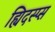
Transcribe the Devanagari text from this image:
ह्यिदस्प्स